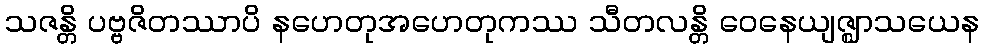
သဇန္တိ ပဗ္ဗဇိတဿာပိ နဟေတုအဟေတုကဿ သီတလန္တိ ဝေနေယျဇ္ဈာသယေန